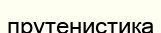
прутенистика